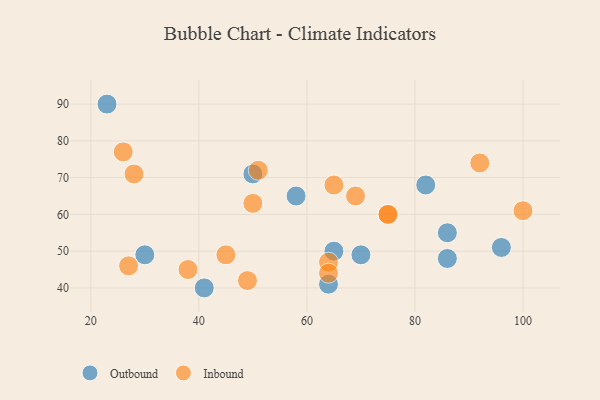
{"axis": {"x": "GDP", "y": "Life Expectancy"}, "legend": ["Inbound", "Outbound"], "data": [{"x": "41", "y": 40, "type": "Outbound"}, {"x": "96", "y": 51, "type": "Outbound"}, {"x": "23", "y": 90, "type": "Outbound"}, {"x": "70", "y": 49, "type": "Outbound"}, {"x": "65", "y": 50, "type": "Outbound"}, {"x": "50", "y": 71, "type": "Outbound"}, {"x": "30", "y": 49, "type": "Outbound"}, {"x": "58", "y": 65, "type": "Outbound"}, {"x": "86", "y": 55, "type": "Outbound"}, {"x": "82", "y": 68, "type": "Outbound"}, {"x": "86", "y": 48, "type": "Outbound"}, {"x": "64", "y": 41, "type": "Outbound"}, {"x": "45", "y": 49, "type": "Inbound"}, {"x": "75", "y": 60, "type": "Inbound"}, {"x": "50", "y": 63, "type": "Inbound"}, {"x": "28", "y": 71, "type": "Inbound"}, {"x": "27", "y": 46, "type": "Inbound"}, {"x": "26", "y": 77, "type": "Inbound"}, {"x": "92", "y": 74, "type": "Inbound"}, {"x": "51", "y": 72, "type": "Inbound"}, {"x": "65", "y": 68, "type": "Inbound"}, {"x": "100", "y": 61, "type": "Inbound"}, {"x": "49", "y": 42, "type": "Inbound"}, {"x": "75", "y": 60, "type": "Inbound"}, {"x": "69", "y": 65, "type": "Inbound"}, {"x": "38", "y": 45, "type": "Inbound"}, {"x": "64", "y": 47, "type": "Inbound"}, {"x": "64", "y": 44, "type": "Inbound"}]}